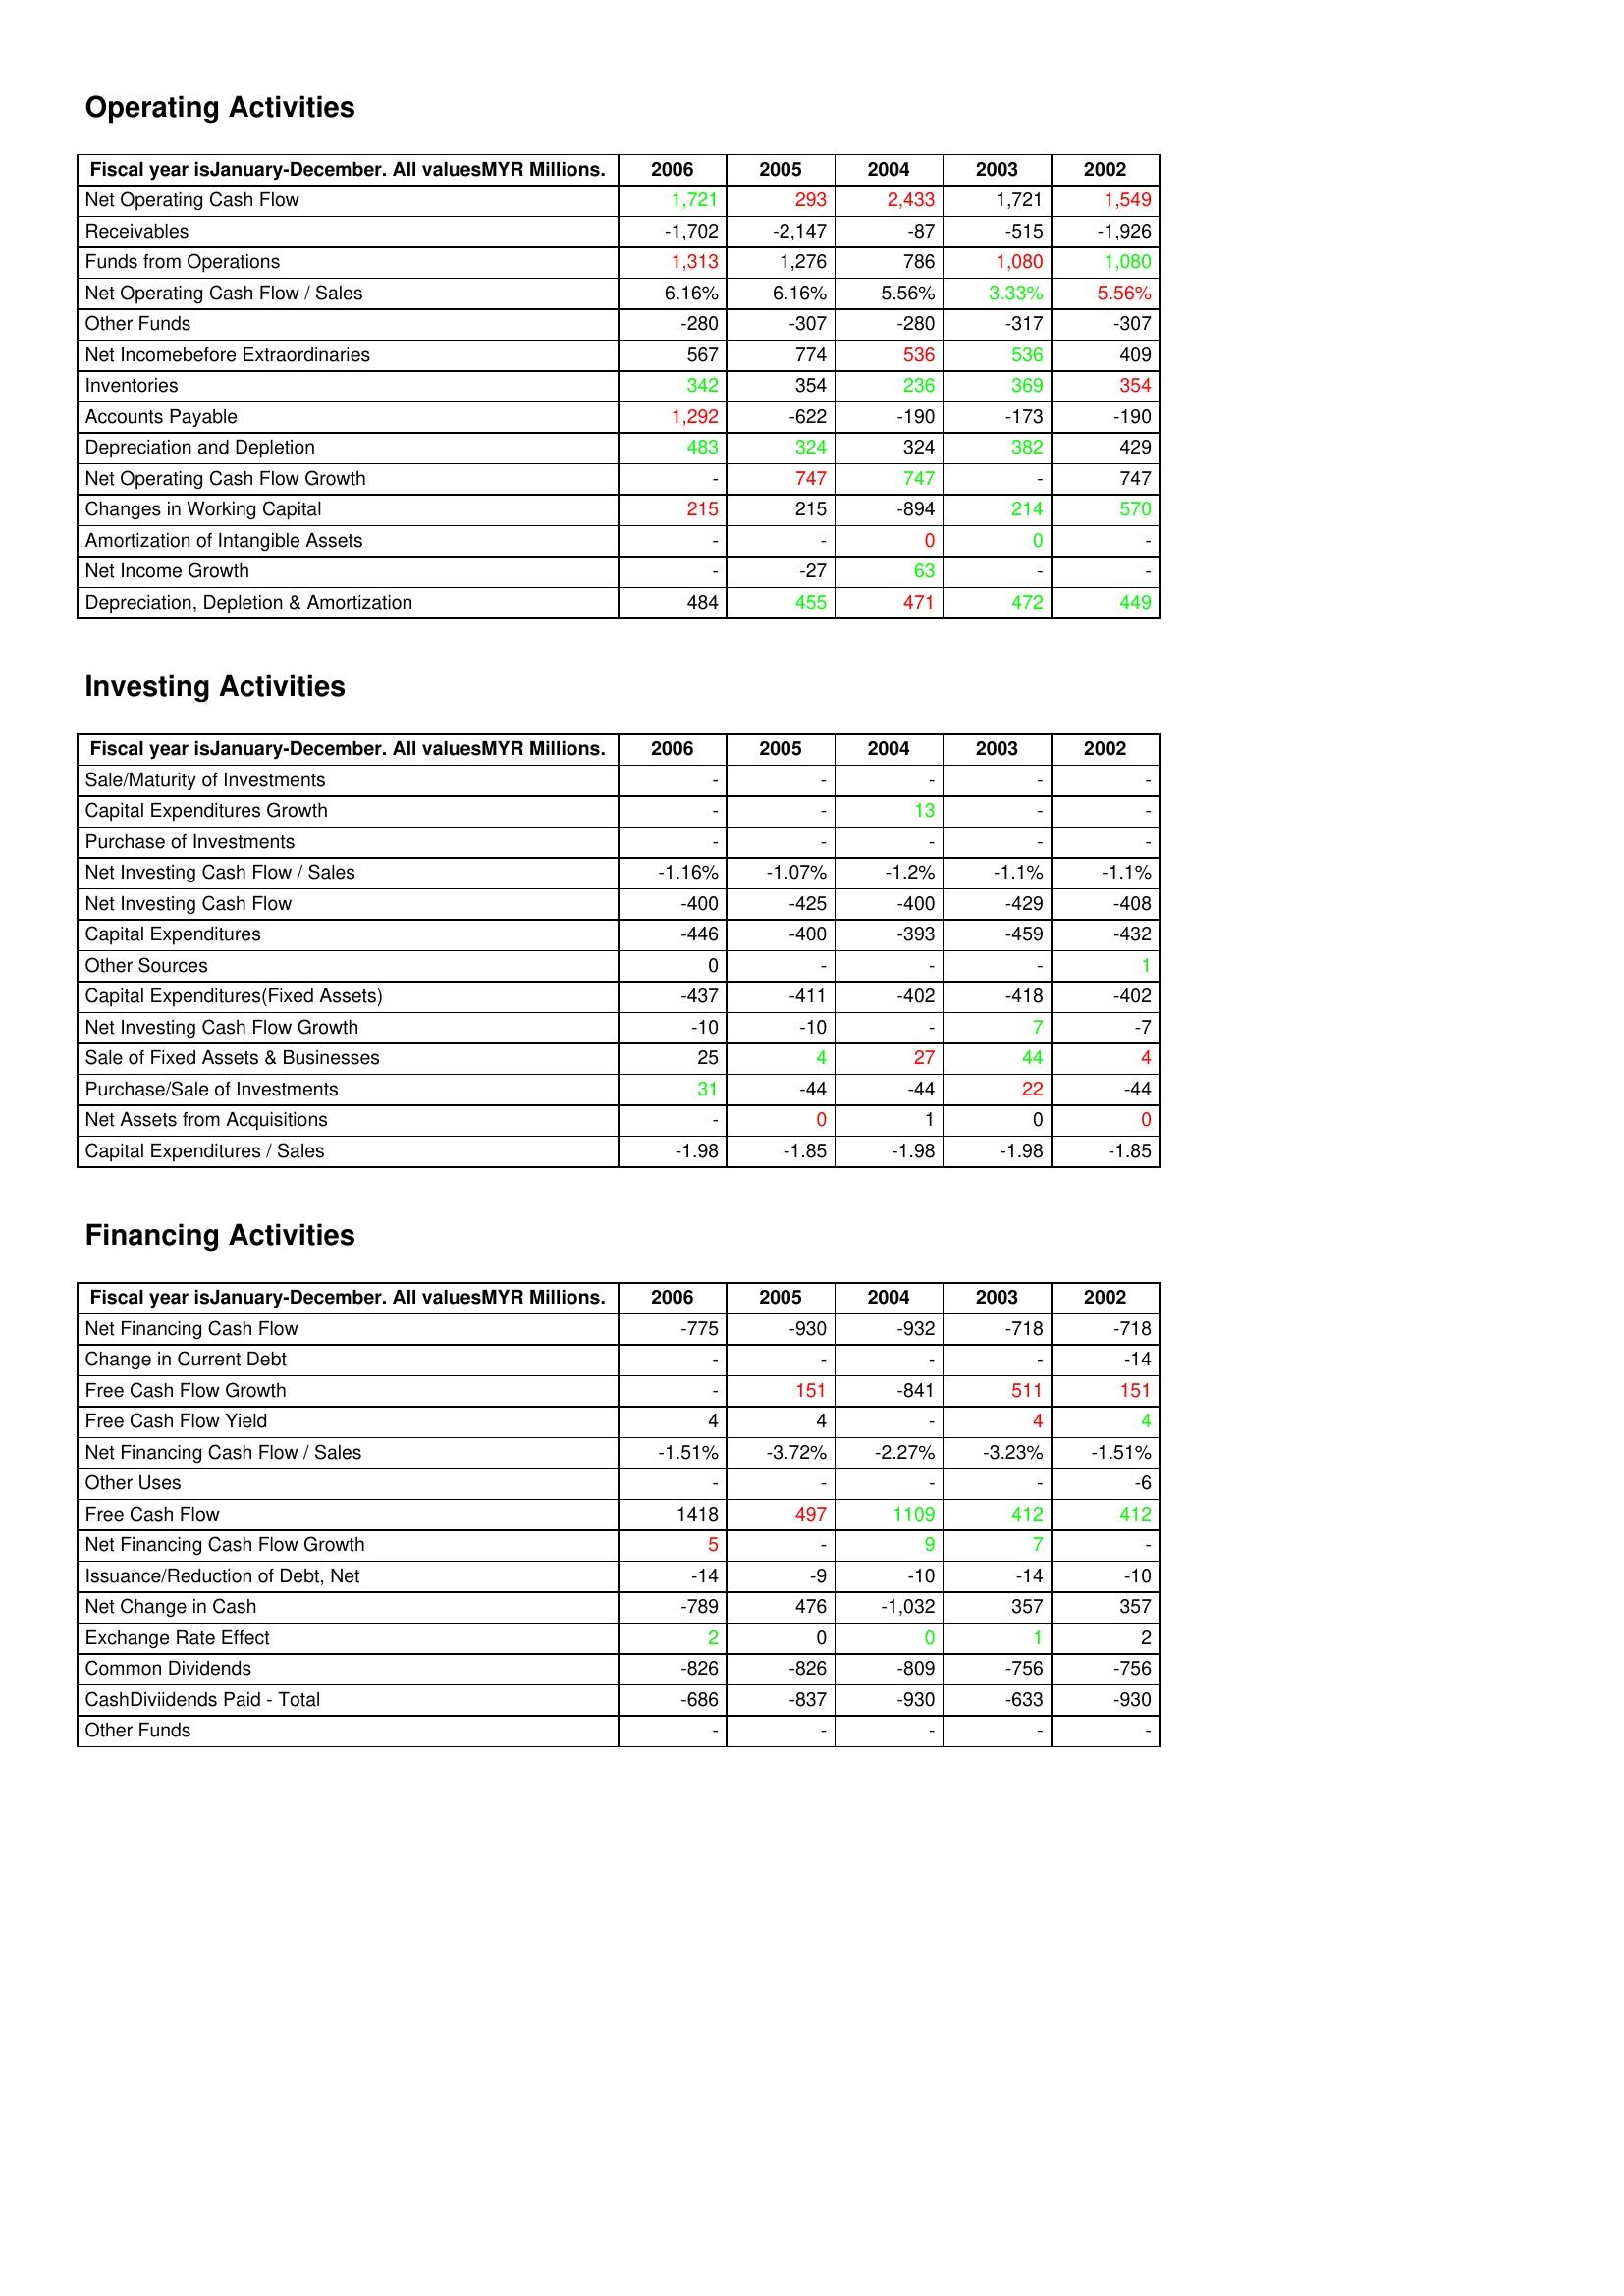
gt_parse: 2006: Operating Activities: Net Operating Cash Flow: 1,721
Receivables: -1,702
Funds from Operations: 1,313
Net Operating Cash Flow / Sales: 6.16%
Other Funds: -280
Net Incomebefore Extraordinaries: 567
Inventories: 342
Accounts Payable: 1,292
Depreciation and Depletion: 483
Net Operating Cash Flow Growth: -
Changes in Working Capital: 215
Amortization of Intangible Assets: -
Net Income Growth: -
Depreciation, Depletion & Amortization: 484
Investing Activities: Sale/Maturity of Investments: -
Capital Expenditures Growth: -
Purchase of Investments: -
Net Investing Cash Flow / Sales: -1.16%
Net Investing Cash Flow: -400
Capital Expenditures: -446
Other Sources: 0
Capital Expenditures(Fixed Assets): -437
Net Investing Cash Flow Growth: -10
Sale of Fixed Assets & Businesses: 25
Purchase/Sale of Investments: 31
Net Assets from Acquisitions: -
Capital Expenditures / Sales: -1.98
Financing Activities: Net Financing Cash Flow: -775
Change in Current Debt: -
Free Cash Flow Growth: -
Free Cash Flow Yield: 4
Net Financing Cash Flow / Sales: -1.51%
Other Uses: -
Free Cash Flow: 1418
Net Financing Cash Flow Growth: 5
Issuance/Reduction of Debt, Net: -14
Net Change in Cash: -789
Exchange Rate Effect: 2
Common Dividends: -826
CashDiviidends Paid - Total: -686
Other Funds: -
2005: Operating Activities: Net Operating Cash Flow: 293
Receivables: -2,147
Funds from Operations: 1,276
Net Operating Cash Flow / Sales: 6.16%
Other Funds: -307
Net Incomebefore Extraordinaries: 774
Inventories: 354
Accounts Payable: -622
Depreciation and Depletion: 324
Net Operating Cash Flow Growth: 747
Changes in Working Capital: 215
Amortization of Intangible Assets: -
Net Income Growth: -27
Depreciation, Depletion & Amortization: 455
Investing Activities: Sale/Maturity of Investments: -
Capital Expenditures Growth: -
Purchase of Investments: -
Net Investing Cash Flow / Sales: -1.07%
Net Investing Cash Flow: -425
Capital Expenditures: -400
Other Sources: -
Capital Expenditures(Fixed Assets): -411
Net Investing Cash Flow Growth: -10
Sale of Fixed Assets & Businesses: 4
Purchase/Sale of Investments: -44
Net Assets from Acquisitions: 0
Capital Expenditures / Sales: -1.85
Financing Activities: Net Financing Cash Flow: -930
Change in Current Debt: -
Free Cash Flow Growth: 151
Free Cash Flow Yield: 4
Net Financing Cash Flow / Sales: -3.72%
Other Uses: -
Free Cash Flow: 497
Net Financing Cash Flow Growth: -
Issuance/Reduction of Debt, Net: -9
Net Change in Cash: 476
Exchange Rate Effect: 0
Common Dividends: -826
CashDiviidends Paid - Total: -837
Other Funds: -
2004: Operating Activities: Net Operating Cash Flow: 2,433
Receivables: -87
Funds from Operations: 786
Net Operating Cash Flow / Sales: 5.56%
Other Funds: -280
Net Incomebefore Extraordinaries: 536
Inventories: 236
Accounts Payable: -190
Depreciation and Depletion: 324
Net Operating Cash Flow Growth: 747
Changes in Working Capital: -894
Amortization of Intangible Assets: 0
Net Income Growth: 63
Depreciation, Depletion & Amortization: 471
Investing Activities: Sale/Maturity of Investments: -
Capital Expenditures Growth: 13
Purchase of Investments: -
Net Investing Cash Flow / Sales: -1.2%
Net Investing Cash Flow: -400
Capital Expenditures: -393
Other Sources: -
Capital Expenditures(Fixed Assets): -402
Net Investing Cash Flow Growth: -
Sale of Fixed Assets & Businesses: 27
Purchase/Sale of Investments: -44
Net Assets from Acquisitions: 1
Capital Expenditures / Sales: -1.98
Financing Activities: Net Financing Cash Flow: -932
Change in Current Debt: -
Free Cash Flow Growth: -841
Free Cash Flow Yield: -
Net Financing Cash Flow / Sales: -2.27%
Other Uses: -
Free Cash Flow: 1109
Net Financing Cash Flow Growth: 9
Issuance/Reduction of Debt, Net: -10
Net Change in Cash: -1,032
Exchange Rate Effect: 0
Common Dividends: -809
CashDiviidends Paid - Total: -930
Other Funds: -
2003: Operating Activities: Net Operating Cash Flow: 1,721
Receivables: -515
Funds from Operations: 1,080
Net Operating Cash Flow / Sales: 3.33%
Other Funds: -317
Net Incomebefore Extraordinaries: 536
Inventories: 369
Accounts Payable: -173
Depreciation and Depletion: 382
Net Operating Cash Flow Growth: -
Changes in Working Capital: 214
Amortization of Intangible Assets: 0
Net Income Growth: -
Depreciation, Depletion & Amortization: 472
Investing Activities: Sale/Maturity of Investments: -
Capital Expenditures Growth: -
Purchase of Investments: -
Net Investing Cash Flow / Sales: -1.1%
Net Investing Cash Flow: -429
Capital Expenditures: -459
Other Sources: -
Capital Expenditures(Fixed Assets): -418
Net Investing Cash Flow Growth: 7
Sale of Fixed Assets & Businesses: 44
Purchase/Sale of Investments: 22
Net Assets from Acquisitions: 0
Capital Expenditures / Sales: -1.98
Financing Activities: Net Financing Cash Flow: -718
Change in Current Debt: -
Free Cash Flow Growth: 511
Free Cash Flow Yield: 4
Net Financing Cash Flow / Sales: -3.23%
Other Uses: -
Free Cash Flow: 412
Net Financing Cash Flow Growth: 7
Issuance/Reduction of Debt, Net: -14
Net Change in Cash: 357
Exchange Rate Effect: 1
Common Dividends: -756
CashDiviidends Paid - Total: -633
Other Funds: -
2002: Operating Activities: Net Operating Cash Flow: 1,549
Receivables: -1,926
Funds from Operations: 1,080
Net Operating Cash Flow / Sales: 5.56%
Other Funds: -307
Net Incomebefore Extraordinaries: 409
Inventories: 354
Accounts Payable: -190
Depreciation and Depletion: 429
Net Operating Cash Flow Growth: 747
Changes in Working Capital: 570
Amortization of Intangible Assets: -
Net Income Growth: -
Depreciation, Depletion & Amortization: 449
Investing Activities: Sale/Maturity of Investments: -
Capital Expenditures Growth: -
Purchase of Investments: -
Net Investing Cash Flow / Sales: -1.1%
Net Investing Cash Flow: -408
Capital Expenditures: -432
Other Sources: 1
Capital Expenditures(Fixed Assets): -402
Net Investing Cash Flow Growth: -7
Sale of Fixed Assets & Businesses: 4
Purchase/Sale of Investments: -44
Net Assets from Acquisitions: 0
Capital Expenditures / Sales: -1.85
Financing Activities: Net Financing Cash Flow: -718
Change in Current Debt: -14
Free Cash Flow Growth: 151
Free Cash Flow Yield: 4
Net Financing Cash Flow / Sales: -1.51%
Other Uses: -6
Free Cash Flow: 412
Net Financing Cash Flow Growth: -
Issuance/Reduction of Debt, Net: -10
Net Change in Cash: 357
Exchange Rate Effect: 2
Common Dividends: -756
CashDiviidends Paid - Total: -930
Other Funds: -